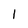
Character: I